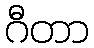
ဂီတာ